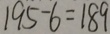
1 9 5 - 6 = 1 8 9